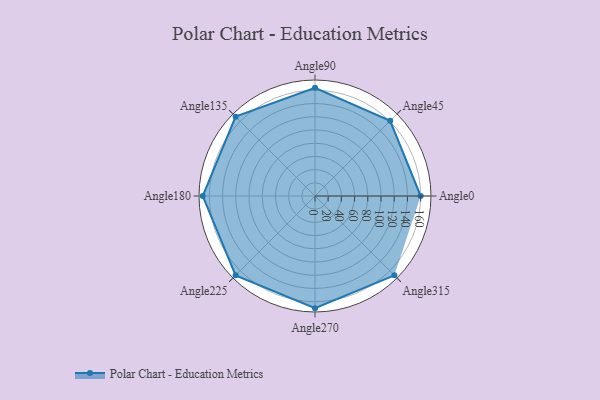
{"axis": {"x": "Angle", "y": "Radius"}, "legend": [""], "data": [{"x": "Angle0", "y": 160.0, "type": ""}, {"x": "Angle45", "y": 161.0, "type": ""}, {"x": "Angle90", "y": 164.0, "type": ""}, {"x": "Angle135", "y": 170, "type": ""}, {"x": "Angle180", "y": 170, "type": ""}, {"x": "Angle225", "y": 170, "type": ""}, {"x": "Angle270", "y": 170, "type": ""}, {"x": "Angle315", "y": 170, "type": ""}]}